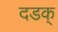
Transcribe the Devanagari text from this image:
दडक्